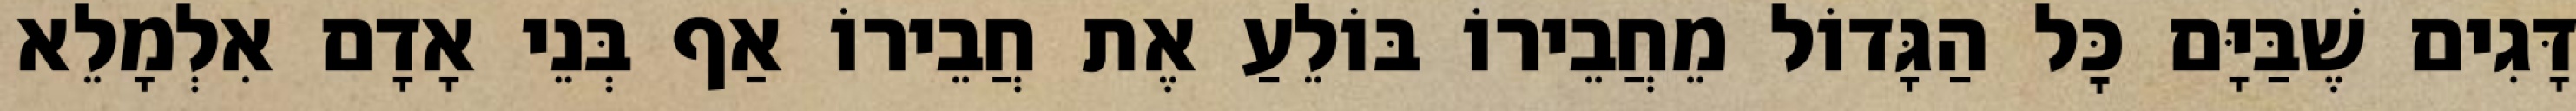
דָּגִים שֶׁבַּיָּם כׇּל הַגָּדוֹל מֵחֲבֵירוֹ בּוֹלֵעַ אֶת חֲבֵירוֹ אַף בְּנֵי אָדָם אִלְמָלֵא